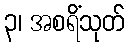
၃၊ အစရိံသုတ်